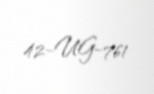
42-UG-761